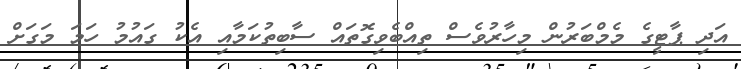
އަދި ޕާޓީގެ މެމްބަރުން މިހާރުވެސް ތިއްބެވިގޮތައް ސާބިތުކަމާއި އެކު ގައުމު ހަމަ މަގަށް